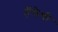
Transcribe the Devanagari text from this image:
हॅलेची